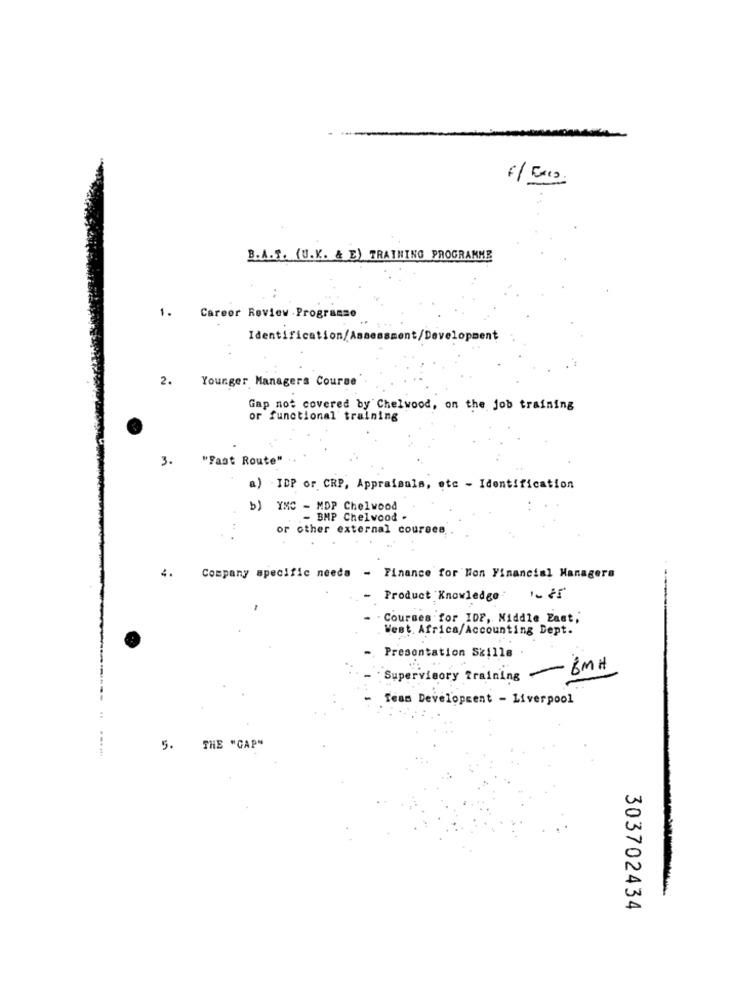
B.A.F. (U.V. & E) TRAINING PROGRAMME
..
1. Career Review .Programse
Identification/Assessment/ Develog
2. Younger Managers Course
Gap not covered by Chelwood, on the job training
or functional training
3.
"Fast Route"
a) -IDP or. CRP, Appraisals, etc - Identification
b) YXC - MDP Chelwood
- BMP Chelwood .
or other external courses.
4.
Company specific needs - Finance for Non Financial Managera
Product Knowledge 1-65
-
- Courses for IDP, Middle East,
West. Africa/Accounting Dept.
Presentation Skills
Supervisory Training BMH
--
Team Development - Liverpool
5. THE "CAP"
303702434